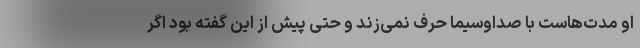
او مدت‌هاست با صداوسیما حرف نمی‌زند و حتی پیش‌ از این گفته بود اگر